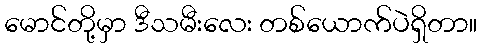
မောင်တို့မှာ ဒီသမီးလေး တစ်ယောက်ပဲရှိတာ။